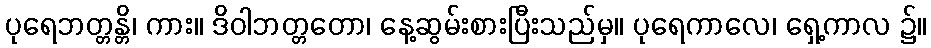
ပုရေဘတ္တန္တိ၊ ကား။ ဒိဝါဘတ္တတော၊ နေ့ဆွမ်းစားပြီးသည်မှ။ ပုရေကာလေ၊ ရှေ့ကာလ ၌။